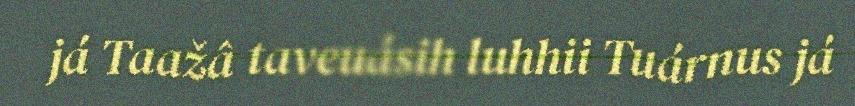
já Taažâ taveuásih luhhii Tuárnus já